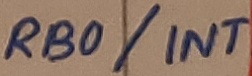
Text: RB0/INT